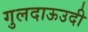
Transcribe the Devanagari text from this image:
गुलदाऊउदी